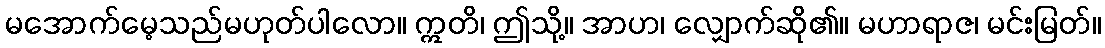
မအောက်မေ့သည်မဟုတ်ပါလော။ ဣတိ၊ ဤသို့။ အာဟ၊ လျှောက်ဆို၏။ မဟာရာဇ၊ မင်းမြတ်။